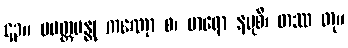
၄၃။ ပမတ္တဗန္ဓု ကဏှော စ၊ မာရော နမုစိ၊ တဿ တု။